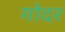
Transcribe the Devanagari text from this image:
गोदर